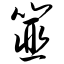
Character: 篚